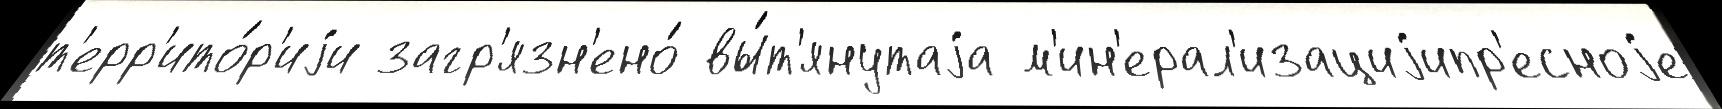
т'ерр'ито́р'иjи загр'язн'ено́ вы́т'янутаjа м'ин'ерал'изациjипр'есноjе